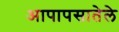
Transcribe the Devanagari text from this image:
आपापसातेले